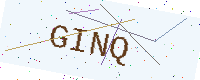
Text: GINQ